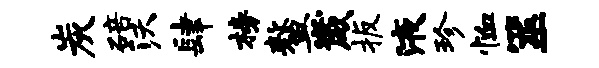
炭碚沃肆榜鳌崴扳液珍恤筮